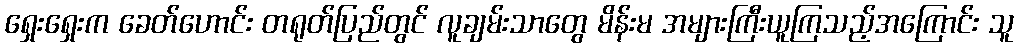
ရှေးရှေးက ခေတ်ဟောင်း တရုတ်ပြည်တွင် လူချမ်းသာတွေ မိန်းမ အများကြီးယူကြသည့်အကြောင်း သူ